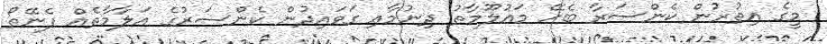
މީގެ އިތުރުން ކެންސަރާ ބެހޭ މައުލޫމާތު ދިނުމާއި ގަވައިދުން ކެންސަރުގެ އަލާމާތެއް ފެނޭތޯ